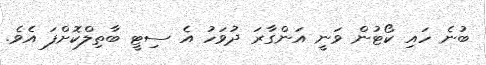
ބުނެ ހައި ކޯޓުން ވަނީ އަންގާރަ ދުވަހު އެ ސިޓީ ބާތިލްކޮށްފަ އެވެ.